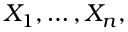
X _ { 1 } , \dots , X _ { n } ,